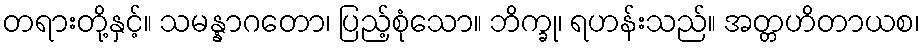
တရားတို့နှင့်။ သမန္နာဂတော၊ ပြည့်စုံသော။ ဘိက္ခု၊ ရဟန်းသည်။ အတ္တဟိတာယစ၊